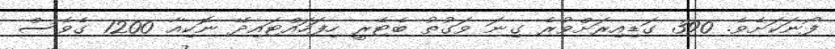
ފޯނަކަށެވެ. 390 ގަޑިއިރަށްވުރެ ގިނަ ވަގުތު ބެޓެރީ ހިފަހައްޓައިދޭ ނޮކިއާ 1200 ގެވެސް